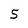
Character: 5